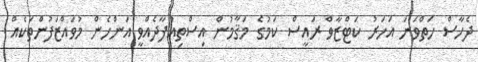
ދެހާސް ހަތްވަނަ އަހަރު ކަޓްޒާވް ރައީސް ކަމުގެ މަޤާމުން އިސްތިއުފާދެއްވީ އަންހެން މުވައްޒަފުންތަކެއް